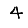
Digit: 4